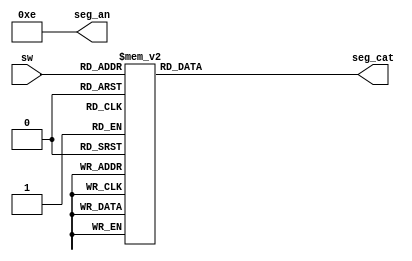
module Seven_seg_disp(
    input [3:0] sw,
    output [3:0] seg_an,
    output reg [7:0] seg_cat
    );
    
//reg [7:0] seg_reg;                      //segment display register
    
always @ (sw)
begin
    case (sw)
    4'b0000: seg_cat <= 8'b11000000;        //0
    4'b0001: seg_cat <= 8'b11111001;        //1
    4'b0010: seg_cat <= 8'b10100100;        //2
    4'b0011: seg_cat <= 8'b10110000;        //3
    4'b0100: seg_cat <= 8'b10011001;        //4
    4'b0101: seg_cat <= 8'b10010010;        //5
    4'b0110: seg_cat <= 8'b10000010;        //6
    4'b0111: seg_cat <= 8'b11111000;        //7
    4'b1000: seg_cat <= 8'b10000000;        //8
    4'b1001: seg_cat <= 8'b10010000;        //9
    4'b1010: seg_cat <= 8'b10001000;        //A
    4'b1011: seg_cat <= 8'b10000011;        //B
    4'b1100: seg_cat <= 8'b11000110;        //C
    4'b1101: seg_cat <= 8'b10100001;        //D
    4'b1110: seg_cat <= 8'b10000110;        //E
    4'b1111: seg_cat <= 8'b10001110;        //F
    default: seg_cat <= 8'b11111111;        //Default no display
    endcase
    
end

assign seg_an = 4'b1110;               //seg 0 will be the only segment active

// assign seg_cat = seg_reg;

endmodule